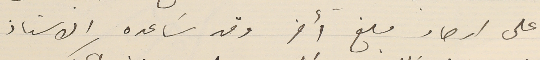
على ارصاد مبلغ أخر وقد سَاعده الاستاذ